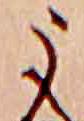
う